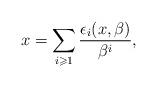
LaTeX: \begin{align*} x=\sum_{i\geqslant 1} \frac{\epsilon_i(x,\beta)}{\beta^i},\end{align*}